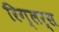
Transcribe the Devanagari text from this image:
रिग्लर्स